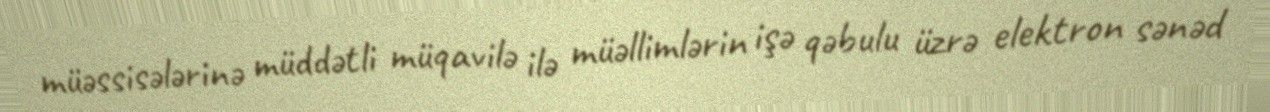
müəssisələrinə müddətli müqavilə ilə müəllimlərin işə qəbulu üzrə elektron sənəd